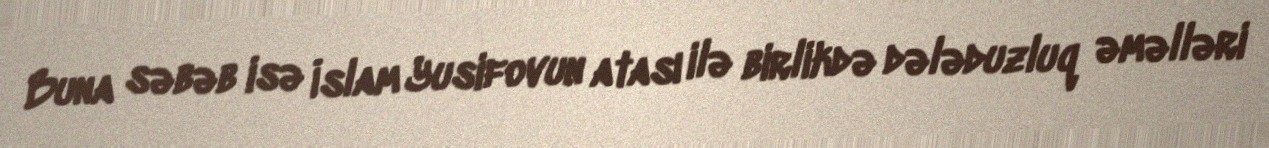
Buna səbəb isə İslam Yusifovun atası ilə birlikdə dələduzluq əməlləri